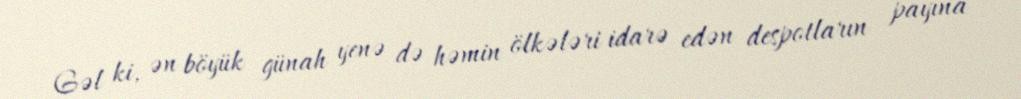
Gəl ki, ən böyük günah yenə də həmin ölkələri idarə edən despotların payına